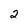
Character: 2